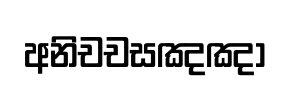
අනිචචසඤඤා